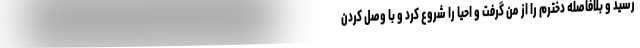
رسید و بلافاصله دخترم را از من گرفت و احیا را شروع کرد و با وصل کردن